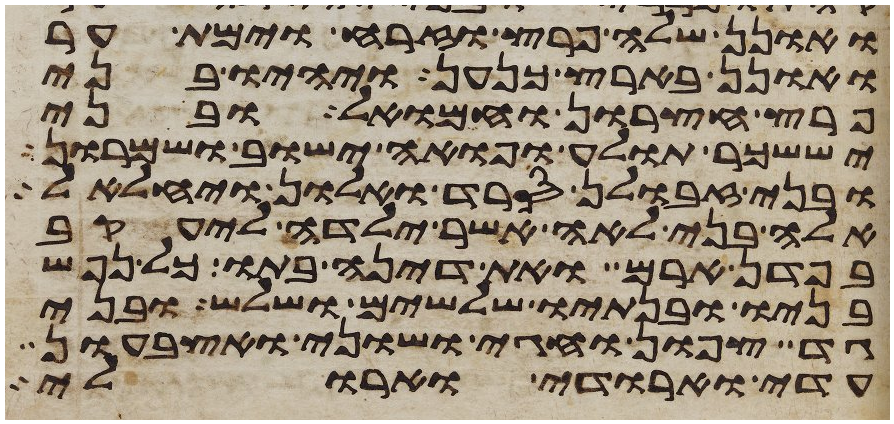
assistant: ואונן שלה פרץ וזרח וימת ער
ואונן בארץ כנען ויהיו בני
פרץ חצרון וחמואל ובני
יששכר תולע ופואה ישוב ושמרון
ובני זבולן סרד ואלון ויחלאל
אלה בני לאה אשר ילדה ליעקב
בפדן ארם ואת דינה בתו כל נפש
בניו ובנתיו שלשים ושלש ובני
גד צפון וחגי ושוני ואצבעון
עדי וארודי וארולי